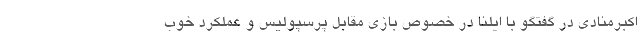
اکبرمنادی در گفتگو با ایلنا در خصوص بازی مقابل پرسپولیس و عملکرد خوب